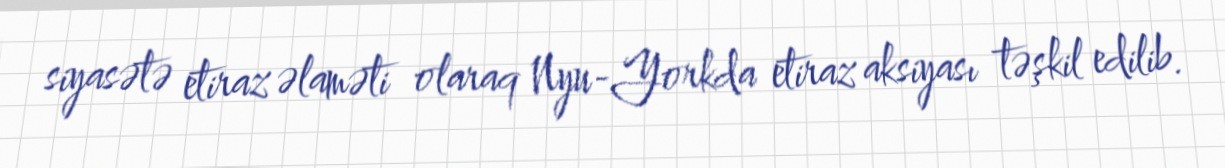
siyasətə etiraz əlaməti olaraq Nyu-Yorkda etiraz aksiyası təşkil edilib.